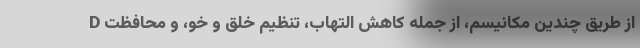
D از طریق چندین مکانیسم، از جمله کاهش التهاب، تنظیم خلق و خو، و محافظت